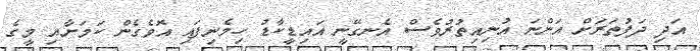
އަދި ދަފުތަރަށް އަންނަ އުނިއިތުރުވެސް އެނގޭނީ އައިޑީކާޑު ހިމެނިފައި އޮވެގެން ކަމަށާއި މީގެ